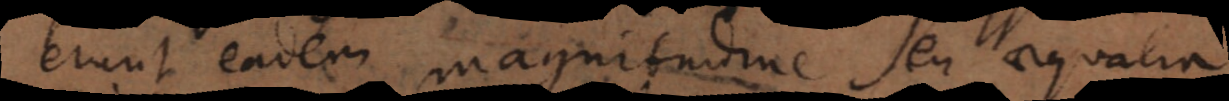
erunt eadem magnitudine seu aequalia